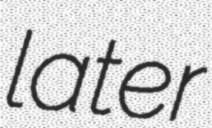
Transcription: later